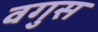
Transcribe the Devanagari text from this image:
वगुस